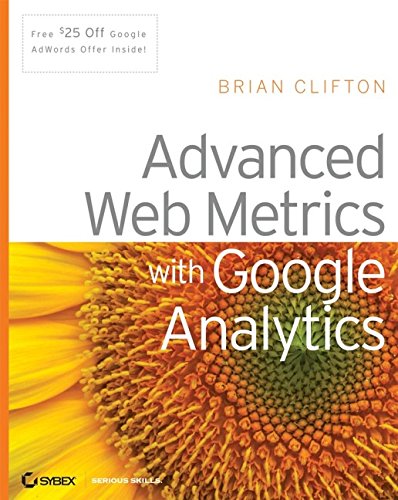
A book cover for Advanced Web Metrics with Google Analytics; Brian Clifton; Computers & Technology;